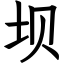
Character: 坝